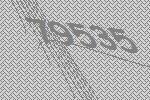
79535